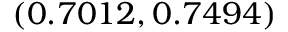
( 0 . 7 0 1 2 , 0 . 7 4 9 4 )